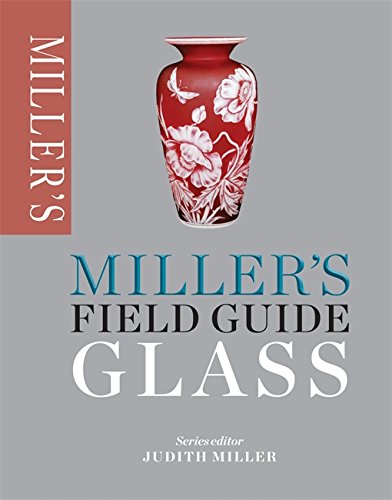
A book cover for Miller's Field Guide: Glass (Miller's Field Guides); Crafts, Hobbies & Home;